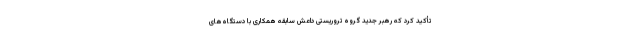
تأکید کرد که رهبر جدید گروه تروریستی داعش سابقه همکاری با دستگاه‌های